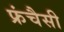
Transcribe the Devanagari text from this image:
फ्रंचैसी